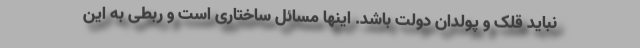
نباید قلّک و پولدان دولت باشد. اینها مسائل ساختاری است و ربطی به این